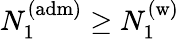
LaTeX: N_{1}^{\mathrm{(adm)}}\geq N_{1}^{\mathrm{(w)}}